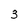
Character: 3